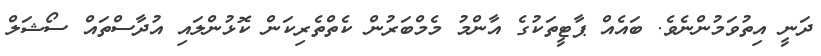
ދަނީ އިތުވަމުންނެވެ. ބައެއް ޕާޓީތަކުގެ އާންމު މެމްބަރުން ކެތްތެރިކަން ކޮޅުންލައި އުދާސްތައް ސޯޝަލް